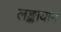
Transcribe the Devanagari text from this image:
लङ्कायाम